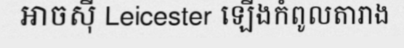
អាចស៊ី Leicester ឡើងកំពូលតារាង